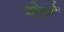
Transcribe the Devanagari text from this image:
बेटोँ